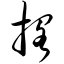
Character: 搁